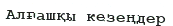
Алғашқы кезеңдер